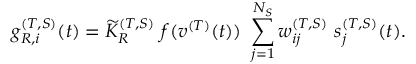
g _ { R , i } ^ { ( T , S ) } ( t ) = { \widetilde K } _ { R } ^ { ( T , S ) } ~ f ( v ^ { ( T ) } ( t ) ) ~ \sum _ { j = 1 } ^ { N _ { S } } w _ { i j } ^ { ( T , S ) } ~ s _ { j } ^ { ( T , S ) } ( t ) .